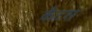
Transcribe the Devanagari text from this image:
कैटस